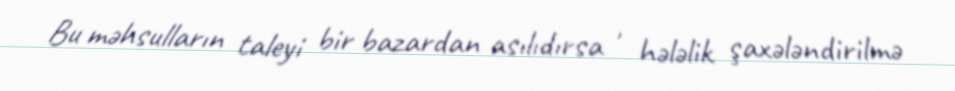
Bu məhsulların taleyi bir bazardan asılıdırsa , hələlik şaxələndirilmə